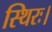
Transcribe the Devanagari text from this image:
स्थिरः।